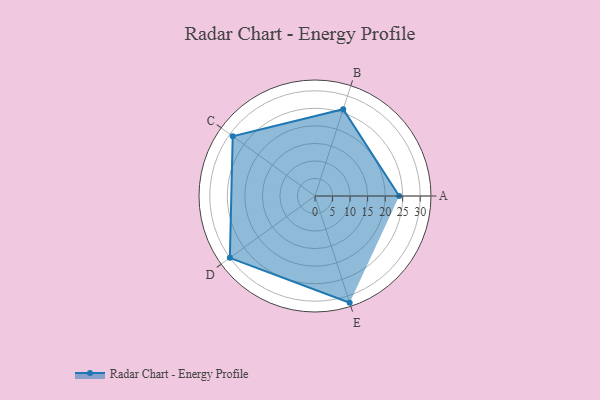
{"axis": {"x": "Skill", "y": "Score"}, "legend": ["Profile"], "data": [{"x": "A", "y": 24.0, "type": "Profile"}, {"x": "B", "y": 26.0, "type": "Profile"}, {"x": "C", "y": 29.0, "type": "Profile"}, {"x": "D", "y": 30.0, "type": "Profile"}, {"x": "E", "y": 32.0, "type": "Profile"}]}